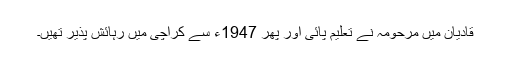
قادیان میں مرحومہ نے تعلیم پائی اور پھر 1947ء سے کراچی میں رہائش پذیر تھیں۔